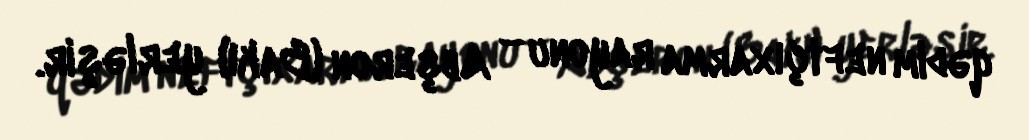
qədim neftçıxarma rayonu – Abşeron (Bakı) yerləşir.